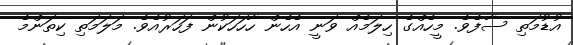
އުޑުމަތި ސާފެވެ. މީހެއްގެ ހިލަމެއް ވަނީ އެހެން ހާހަހަކުން ފަހަރުއެވެ. މަލަމަތި ކިތަންމެ